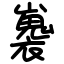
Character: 㠢